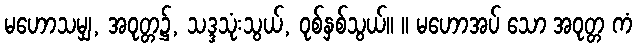
မဟောသမျှ, အဝုတ္တ၌, သဒ္ဒသုံးသွယ်, ဝုစ်နှစ်သွယ်။ ။ မဟောအပ် သော အဝုတ္တ ကံ